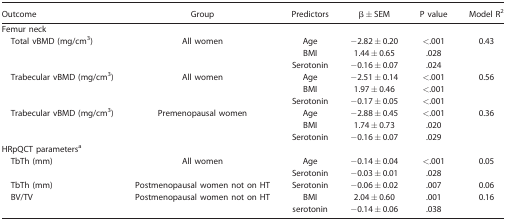
<table><thead><tr><td><b>Outcome</b></td><td><b>Group</b></td><td><b>Predictors</b></td><td><b>β ± SEM</b></td><td><b>P value</b></td><td><b>Model R<sup>2</sup></b></td></tr></thead><tbody><tr><td>Femur neck</td><td></td><td></td><td></td><td></td><td></td></tr><tr><td> Total vBMD (mg/cm<sup>3</sup>)</td><td>All women</td><td>Age</td><td>−2.82 ± 0.20</td><td>&lt;.001</td><td>0.43</td></tr><tr><td></td><td></td><td>BMI</td><td>1.44 ± 0.65</td><td>.028</td><td></td></tr><tr><td></td><td></td><td>Serotonin</td><td>−0.16 ± 0.07</td><td>.024</td><td></td></tr><tr><td> Trabecular vBMD (mg/cm<sup>3</sup>)</td><td>All women</td><td>Age</td><td>−2.51 ± 0.14</td><td>&lt;.001</td><td>0.56</td></tr><tr><td></td><td></td><td>BMI</td><td>1.97 ± 0.46</td><td>&lt;.001</td><td></td></tr><tr><td></td><td></td><td>Serotonin</td><td>−0.17 ± 0.05</td><td>&lt;.001</td><td></td></tr><tr><td> Trabecular vBMD (mg/cm<sup>3</sup>)</td><td>Premenopausal women</td><td>Age</td><td>−2.88 ± 0.45</td><td>&lt;.001</td><td>0.36</td></tr><tr><td></td><td></td><td>BMI</td><td>1.74 ± 0.73</td><td>.020</td><td></td></tr><tr><td></td><td></td><td>Serotonin</td><td>−0.16 ± 0.07</td><td>.029</td><td></td></tr><tr><td>HRpQCT parametersa</td><td></td><td></td><td></td><td></td><td></td></tr><tr><td> TbTh (mm)</td><td>All women</td><td>Age</td><td>−0.14 ± 0.04</td><td>&lt;.001</td><td>0.05</td></tr><tr><td></td><td></td><td>Serotonin</td><td>−0.03 ± 0.01</td><td>.028</td><td></td></tr><tr><td> TbTh (mm)</td><td>Postmenopausal women not on HT</td><td>Serotonin</td><td>−0.06 ± 0.02</td><td>.007</td><td>0.06</td></tr><tr><td> BV/TV</td><td>Postmenopausal women not on HT</td><td>BMI</td><td>2.04 ± 0.60</td><td>.001</td><td>0.16</td></tr><tr><td></td><td></td><td>serotonin</td><td>−0.14 ± 0.06</td><td>.038</td><td></td></tr></tbody></table>